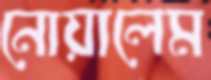
নোয়ালেম